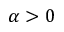
\alpha > 0